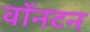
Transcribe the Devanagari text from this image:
वॉनटन